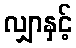
လျှာနှင့်